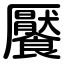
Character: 饜